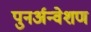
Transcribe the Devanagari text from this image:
पुनर्अन्वेशण